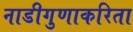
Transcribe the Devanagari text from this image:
नाडीगुणाकरिता